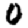
Digit: 0